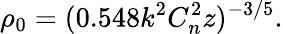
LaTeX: \rho_{0}=(0.548k^{2}C_{n}^{2}z)^{-3/5}.